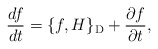
\begin{align*}\frac{df}{dt}=\{f,H\}_{\rm D}+\frac{\partial f}{\partial t},\end{align*}